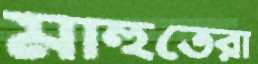
মাহুতেরা